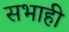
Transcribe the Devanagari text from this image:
सभाही